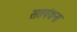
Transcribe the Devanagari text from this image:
सतपंथना